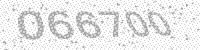
Solution: 066700